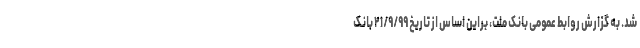
شد. به گزارش روابط عمومی بانک ملت، براین اساس از تاریخ ۲۱/۹/۹۹ بانک